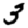
Digit: 3